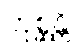
တုစ္ဆန္တိ